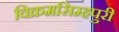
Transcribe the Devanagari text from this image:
विक्रमसिम्‍हपुरी